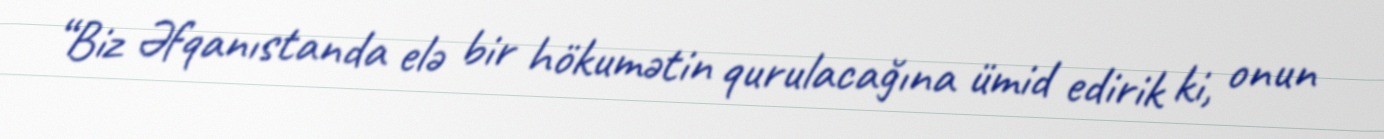
“Biz Əfqanıstanda elə bir hökumətin qurulacağına ümid edirik ki, onun